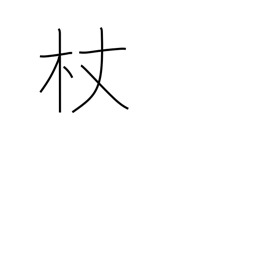
Meaning: staff